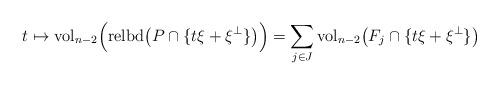
LaTeX: \begin{align*}t \mapsto \mbox{vol}_{n-2} \Big( \mbox{relbd} \big( P\cap\lbrace t\xi + \xi^\perp\rbrace \big) \Big) = \sum_{j\in J} \mbox{vol}_{n-2} \big( F_j\cap\lbrace t\xi + \xi^\perp\rbrace \big)\end{align*}